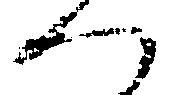
へ